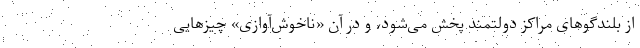
از بلندگوهای مراکز دولتمند پخش می‌شود، و در آن «ناخوش‌آوازی» چیزهایی